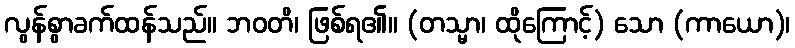
လွန်စွာခက်ထန်သည်။ ဘဝတိ၊ ဖြစ်ရ၏။ (တသ္မာ၊ ထိုကြောင့်) သော (ကာယော)၊